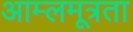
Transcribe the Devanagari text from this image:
आम्लमूत्रता